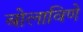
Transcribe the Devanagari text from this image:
बोलाविणे